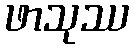
ဖာသုဿ